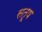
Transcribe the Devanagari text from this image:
सतूष